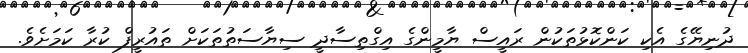
ދުނިޔޭގެ އެކި ކަންކޮޅުތަކުން ރައީސް ޔާމީންގެ އިގްތިސާދީ ސިޔާސަތުތަކަށް ތައުރީފް ކުރާ ކަަމަށެވެ.